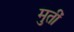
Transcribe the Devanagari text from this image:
मुतीं